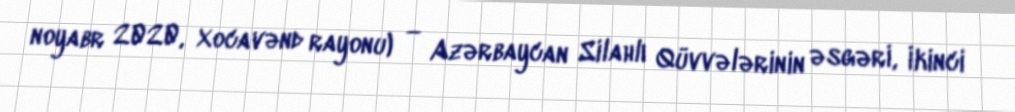
noyabr 2020, Xocavənd rayonu) — Azərbaycan Silahlı Qüvvələrinin əsgəri, İkinci